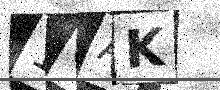
Text: 1GAK